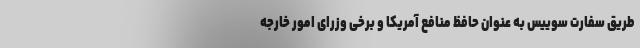
طریق سفارت سوییس به عنوان حافظ منافع آمریکا و برخی وزرای امور خارجه